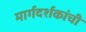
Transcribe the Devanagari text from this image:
मार्गदर्शकांची